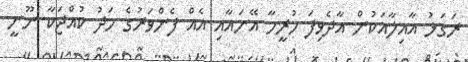
ރަގަޅު އާއިލާއަކުން އާދެވިފަ ހުރީމާ އޭނައާއި އެއް ފެންވަރުގެ މަދު ކުއްޖަކާ ނޫނީ